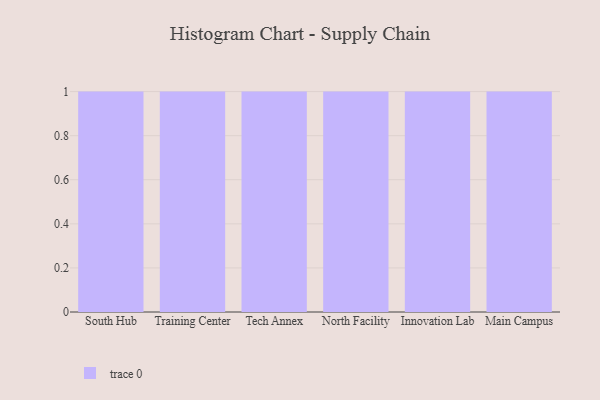
{"axis": {"x": "Campus", "y": "Gross Profit (USD K)"}, "legend": [""], "data": [{"x": "South Hub", "y": 32, "type": ""}, {"x": "Training Center", "y": 54, "type": ""}, {"x": "Tech Annex", "y": 1, "type": ""}, {"x": "North Facility", "y": 49, "type": ""}, {"x": "Innovation Lab", "y": 80, "type": ""}, {"x": "Main Campus", "y": 7, "type": ""}]}